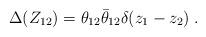
LaTeX: \begin{align*}\Delta (Z_{12}) = \theta_{12}{\bar\theta}_{12}\delta (z_1-z_2) \;.\end{align*}